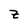
Character: z